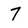
Character: 7